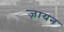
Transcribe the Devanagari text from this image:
ज़ायन